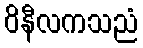
ဝိနီလကသညံ